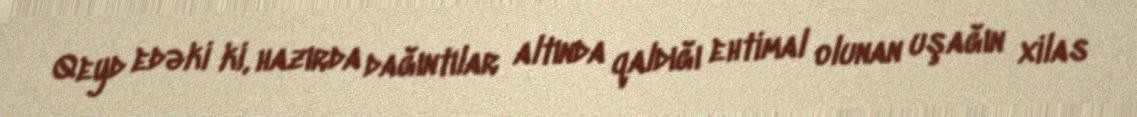
Qeyd edəki ki, hazırda dağıntılar altında qaldığı ehtimal olunan uşağın xilas